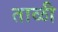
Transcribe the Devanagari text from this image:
ताळी